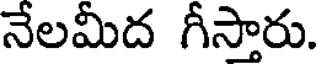
నేలమీద గీస్తారు.